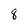
Character: 8